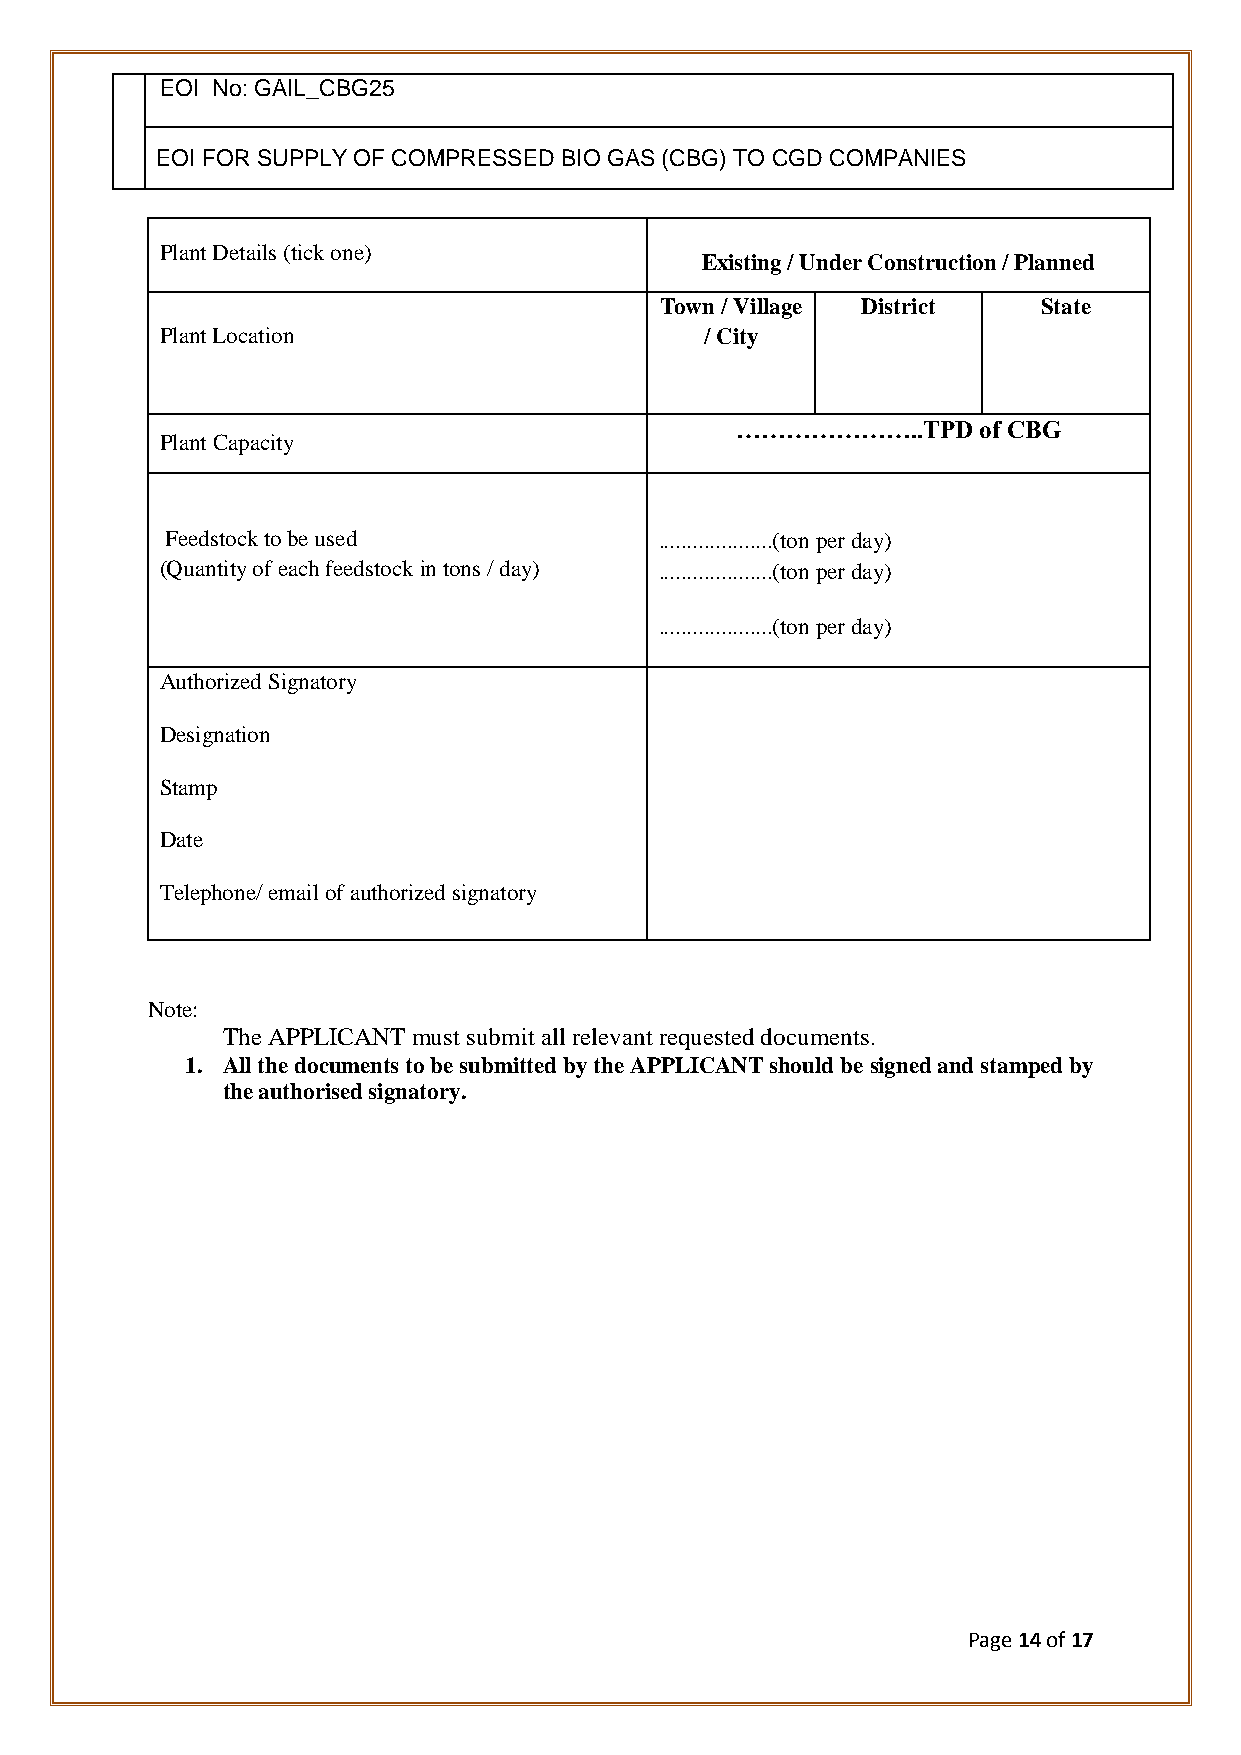
EOI No: GAIL_CBG25
 EOI FOR SUPPLY OF COMPRESSED BIO GAS (CBG) TO CGD COMPANIES
 Plant Details (tick one)
 Existing / Under Construction / Planned
 Town / Village District  State
 Plant Location                      / City
 …………………..TPD    of CBG
 Plant Capacity
 Feedstock to be used             ....................(ton per day)
 (Quantity of each feedstock in tons / day) ....................(ton per day)
 ....................(ton per day)
 Authorized Signatory
 Designation
 Stamp
 Date
 Telephone/ email of authorized signatory
 Note:
 The APPLICANT must submit all relevant requested documents.
 1. All the documents to be submitted by the APPLICANT should be signed and stamped by
 the authorised signatory.
 Page 14 of 17